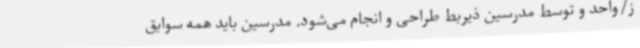
ز/واحد و توسط مدرسین ذیربط طراحی و انجام می‌شود. مدرسین باید همه سوابق